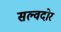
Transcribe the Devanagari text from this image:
सल्वदोर